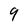
Character: 9